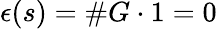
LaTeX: \epsilon(s)=\# G\cdot 1=0